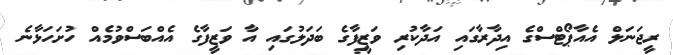
ރީޖަނަލް އެއާޕޯޓްސްގެ އިދާރާގައި އަދާކުރި ވަޒީފާގެ ބަދަލުގައި އާ ވަޒީފާގެ އެއްބަސްވުމެއް ހުށަހަޅާނެ